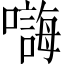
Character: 𱕒